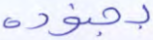
بجنوده